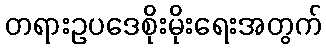
တရားဥပဒေစိုးမိုးရေးအတွက်